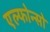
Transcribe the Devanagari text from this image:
एल्फोन्सो